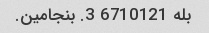
بله 6710121 3. بنجامین.